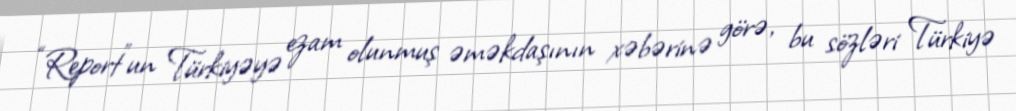
“Report”un Türkiyəyə ezam olunmuş əməkdaşının xəbərinə görə, bu sözləri Türkiyə